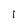
Character: 1